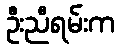
ဦးညီရမ်းက